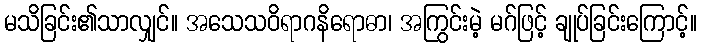
မသိခြင်း၏သာလျှင်။ အသေသဝိရာဂနိရောဓာ၊ အကြွင်းမဲ့ မဂ်ဖြင့် ချုပ်ခြင်းကြောင့်။